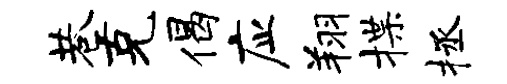
巷克偈应翔揲拯